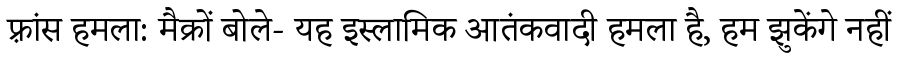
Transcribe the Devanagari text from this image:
फ़्रांस हमला: मैक्रों बोले- यह इस्लामिक आतंकवादी हमला है, हम झुकेंगे नहीं